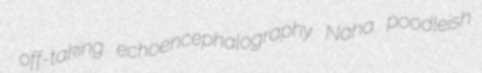
off-taking echoencephalography Naha poodleish